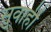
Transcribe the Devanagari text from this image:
सुवाही